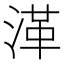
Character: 㴖